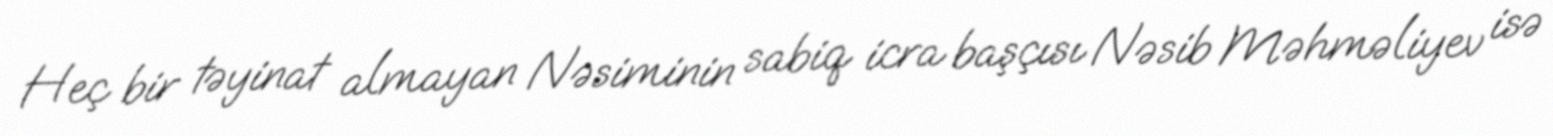
Heç bir təyinat almayan Nəsiminin sabiq icra başçısı Nəsib Məhməliyev isə